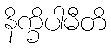
နိက္ခိပါမီတိ